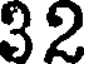
32